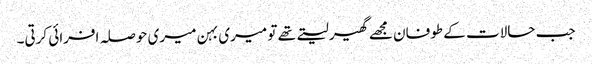
جب حالات کے طوفان مجھے گھیر لیتے تھے تو میری بہن میری حوصلہ افرائی کرتی۔